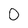
Character: 0